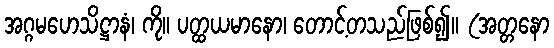
အဂ္ဂမဟေသိဋ္ဌာနံ၊ ကို။ ပတ္ထယမာနော၊ တောင့်တသည်ဖြစ်၍။ (အတ္တနော